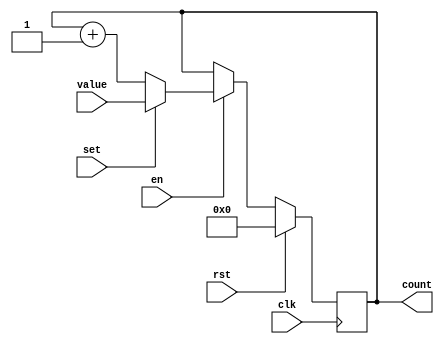
module Binary_Counter (
    input clk,         // Clock input
    input rst,         // Reset input
    input en,          // Enable input
    input set,         // Set input
    input [3:0] value, // Value to set the counter
    output reg [3:0] count // Current count value output
);

always @(posedge clk) begin
    if (rst) begin
        count <= 4'b0000; // Reset the count value
    end else begin
        if (en) begin
            if (set) begin
                count <= value; // Set the count value
            end else begin
                count <= count + 1; // Increment the count value
            end
        end
    end
end

endmodule